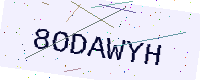
Text: 8ODAWYH